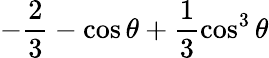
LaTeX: -\frac{2}{3}-\cos\theta+\frac{1}{3}\cos^{3}\theta